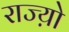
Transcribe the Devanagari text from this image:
राज्य़ो